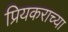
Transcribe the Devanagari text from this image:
प्रियकराच्या